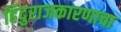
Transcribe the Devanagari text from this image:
हिंदुराजकारणाचा